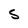
Character: S